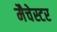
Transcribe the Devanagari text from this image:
मैचेस्टर